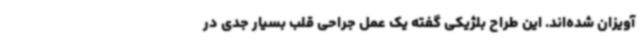
آویزان شده‌اند. این طراح بلژیکی گفته یک عمل جراحی قلب بسیار جدی در